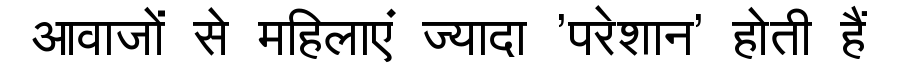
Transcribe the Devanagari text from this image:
आवाजों से महिलाएं ज्यादा 'परेशान' होती हैं